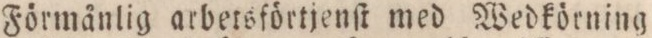
Förmånlig arbetsförtjenſt med Wedkörning